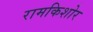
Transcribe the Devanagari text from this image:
रामकिशोर